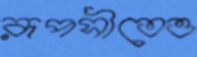
রূপসীতেও